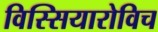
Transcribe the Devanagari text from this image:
विस्सियारोविच